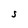
Character: S